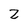
Character: 2